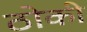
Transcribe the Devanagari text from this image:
ठोकी